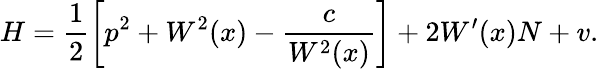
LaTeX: H=\frac 12\left[p^{2}+W^{2}(x)-\frac{c}{W^{2}(x)}\right]+2W^{\prime}(x)N+v.